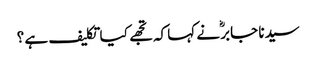
سیدنا جابرؓ نے کہا کہ تجھے کیا تکلیف ہے ؟